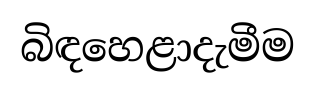
බිඳහෙළාදැමීම